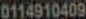
0114910409